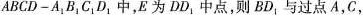
ABCD-A_{1}B_{1}C_{1}D_{1}中，E为DD_{1}中点，则BD_{1}与过点A，C，